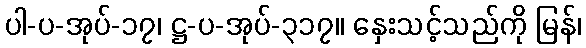
ပါ-ပ-အုပ်-၁၇၊ ဋ္ဌ-ပ-အုပ်-၃၁၇။ နှေးသင့်သည်ကို မြန်၊